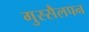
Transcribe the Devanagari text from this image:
गुस्सैलपन